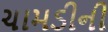
ચામડીની